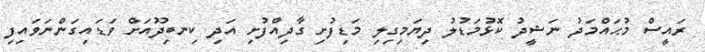
ރައީސް މުޙައްމަދު ނަޝީދު ކޮޅުމަޑުލު ދިޔަމިގިލި މަޑިފުށި ގާދިއްފުށި އަދި ކިނބިދޫއަށް ވަޑައިގަންނަވައިފި